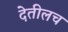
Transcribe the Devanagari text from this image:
देतीलच